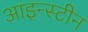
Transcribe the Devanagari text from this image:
आइन्‍स्‍टीन